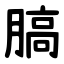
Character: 䐧